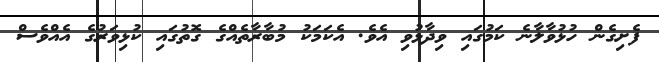
ފެށިގެން ހުޅުވާލާނެ ކަމުގައި ވިދާޅުވި އެވެ. އެކަމަކު މުބާރާތެއްގެ ގޮތުގައި ކުޅިވަރުގެ އެއްވެސް